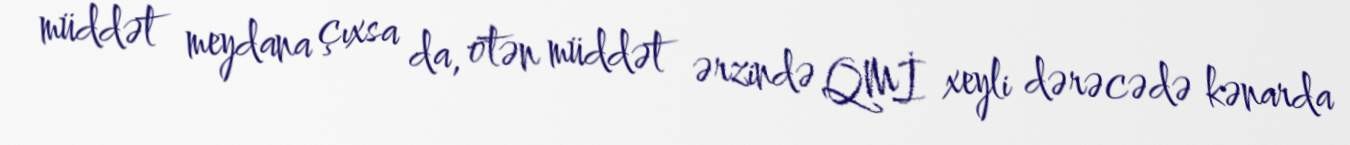
müddət meydana çıxsa da, ötən müddət ərzində QMİ xeyli dərəcədə kənarda